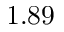
1 . 8 9